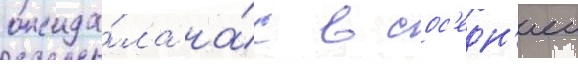
ожида́ла на́с в сос'едн'еи